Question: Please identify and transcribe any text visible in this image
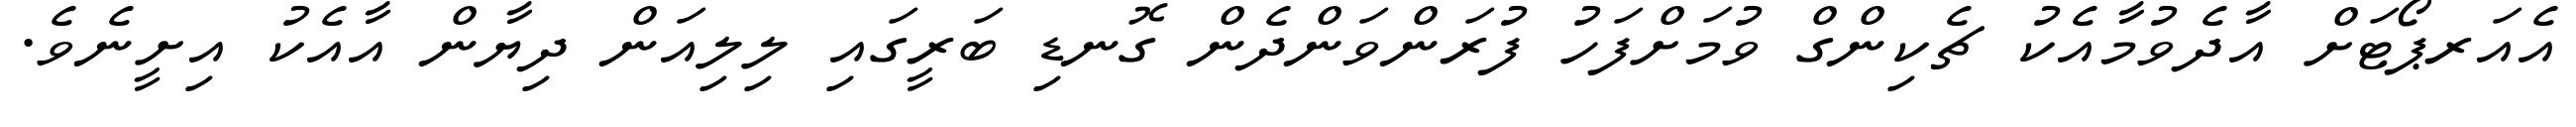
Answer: އެއަރޕޯޓަށް އާދެވުމާއެކު ޗެކިންގް ވުމަށްފަހު ފުރަންވަންދެން ގޮނޑި ބަރީގައި ލިލިއަން ދިޔާން އާއެކު އިށީނެވެ.